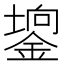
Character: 𨪄